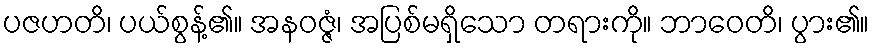
ပဇဟတိ၊ ပယ်စွန့်၏။ အနဝဇ္ဇံ၊ အပြစ်မရှိသော တရားကို။ ဘာဝေတိ၊ ပွား၏။